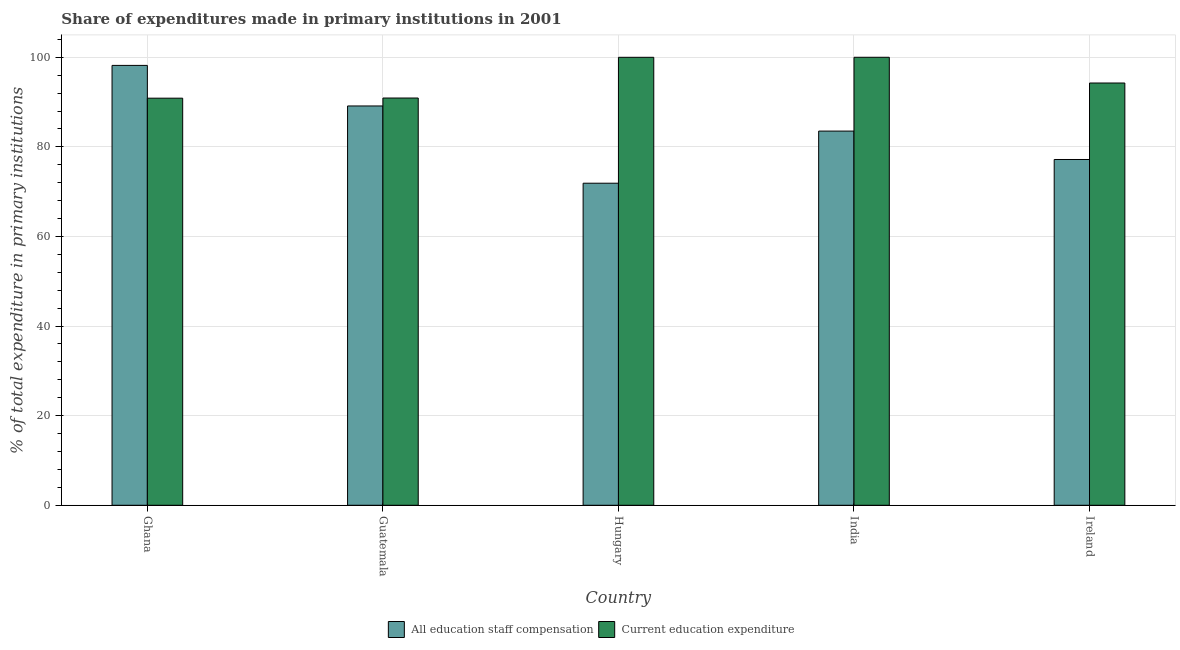
| Country | All education staff compensation | Current education expenditure |
 | --- | --- | --- |
 | Ghana | 98.2 | 90.9 |
 | Guatemala | 89.1 | 90.9 |
 | Hungary | 71.9 | 100 |
 | India | 83.5 | 100 |
 | Ireland | 77.2 | 94.3 |